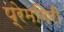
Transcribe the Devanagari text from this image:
प्रेमगिरी